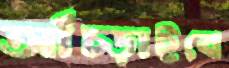
আঁচ্‌ড়াইবে